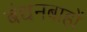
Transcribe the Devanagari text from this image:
बंधनबाहों